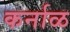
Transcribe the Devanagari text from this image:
कर्नाळ